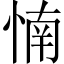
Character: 𰑳